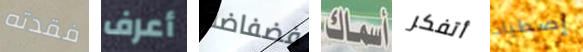
فقدته أعرف فضفاضة أسماك أتفكر إصطياد